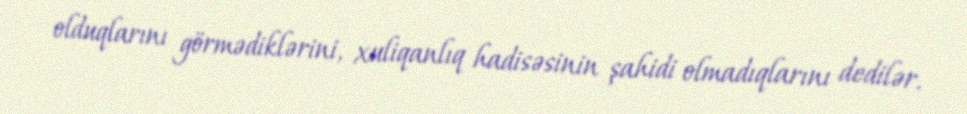
olduqlarını görmədiklərini, xuliqanlıq hadisəsinin şahidi olmadıqlarını dedilər.